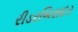
રીડરબિરાદર